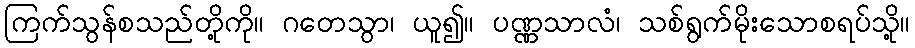
ကြက်သွန်စသည်တို့ကို။ ဂတေသွာ၊ ယူ၍။ ပဏ္ဏသာလံ၊ သစ်ရွက်မိုးသောစရပ်သို့။